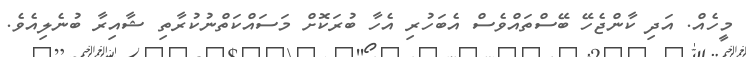
މީހެއް. އަދި ކާންޖެހޭ ބޭސްތައްވެސް އެބަހުރި އެހާ ބުރަކޮށް މަސައްކަތްނުކުރާތި ޝާއިރާ ބުނެލިއެވެ.